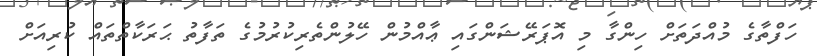
ހަފްތާގެ މުއްދަތަށް ހިންގާ މި އޮޕަރޭޝަންގައި ޢާއްމުން ހޭލުންތެރިކުރުމުގެ ތަފާތު ޙަރަކާތްތައް ކުރިއަށް